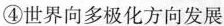
④世界向多极化方向发展